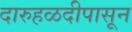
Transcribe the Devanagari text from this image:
दारुहळदीपासून